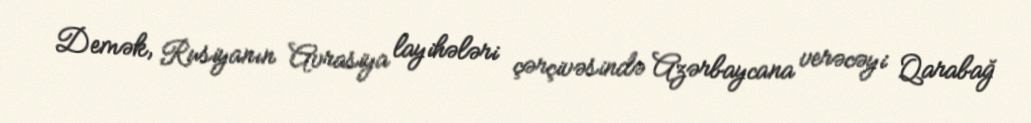
Demək, Rusiyanın Avrasiya layihələri çərçivəsində Azərbaycana verəcəyi Qarabağ